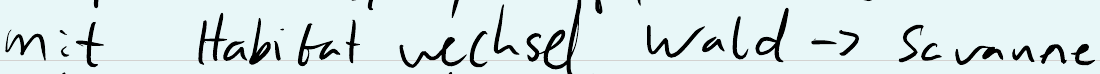
mit Habitat wechsel Wald -> Savanne